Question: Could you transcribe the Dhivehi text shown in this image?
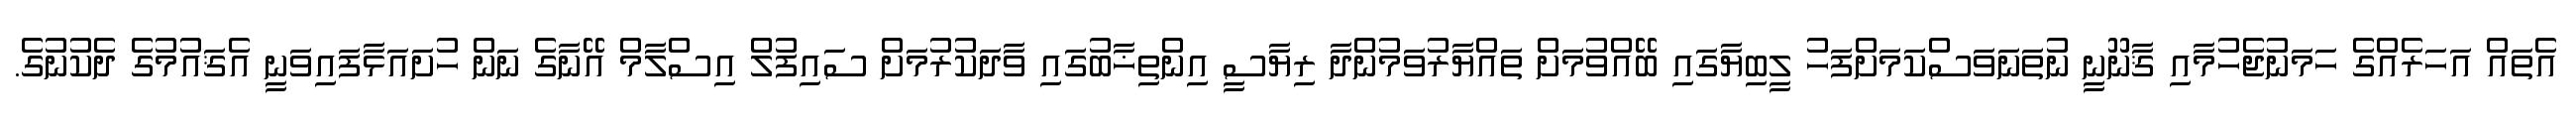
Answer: އެތައް އަހަރެއްގެ ހަމަނުޖެހުމާއި ޤާނޫނީ ނުތަނަވަސްކަމަށްފަހު ލީބިޔާގައި ބޭއްވުމަށް ތައްޔާރުވަމުންދާ ރިޔާސީ އިންތިޚާބުގައި ވާދަކުރުމަށް ސައިފުލް އިސްލާމް އޭނާގެ ނަން ހުށައަޅާފައިވަނީ އެޤައުމުގެ ދެކުނުގެ.